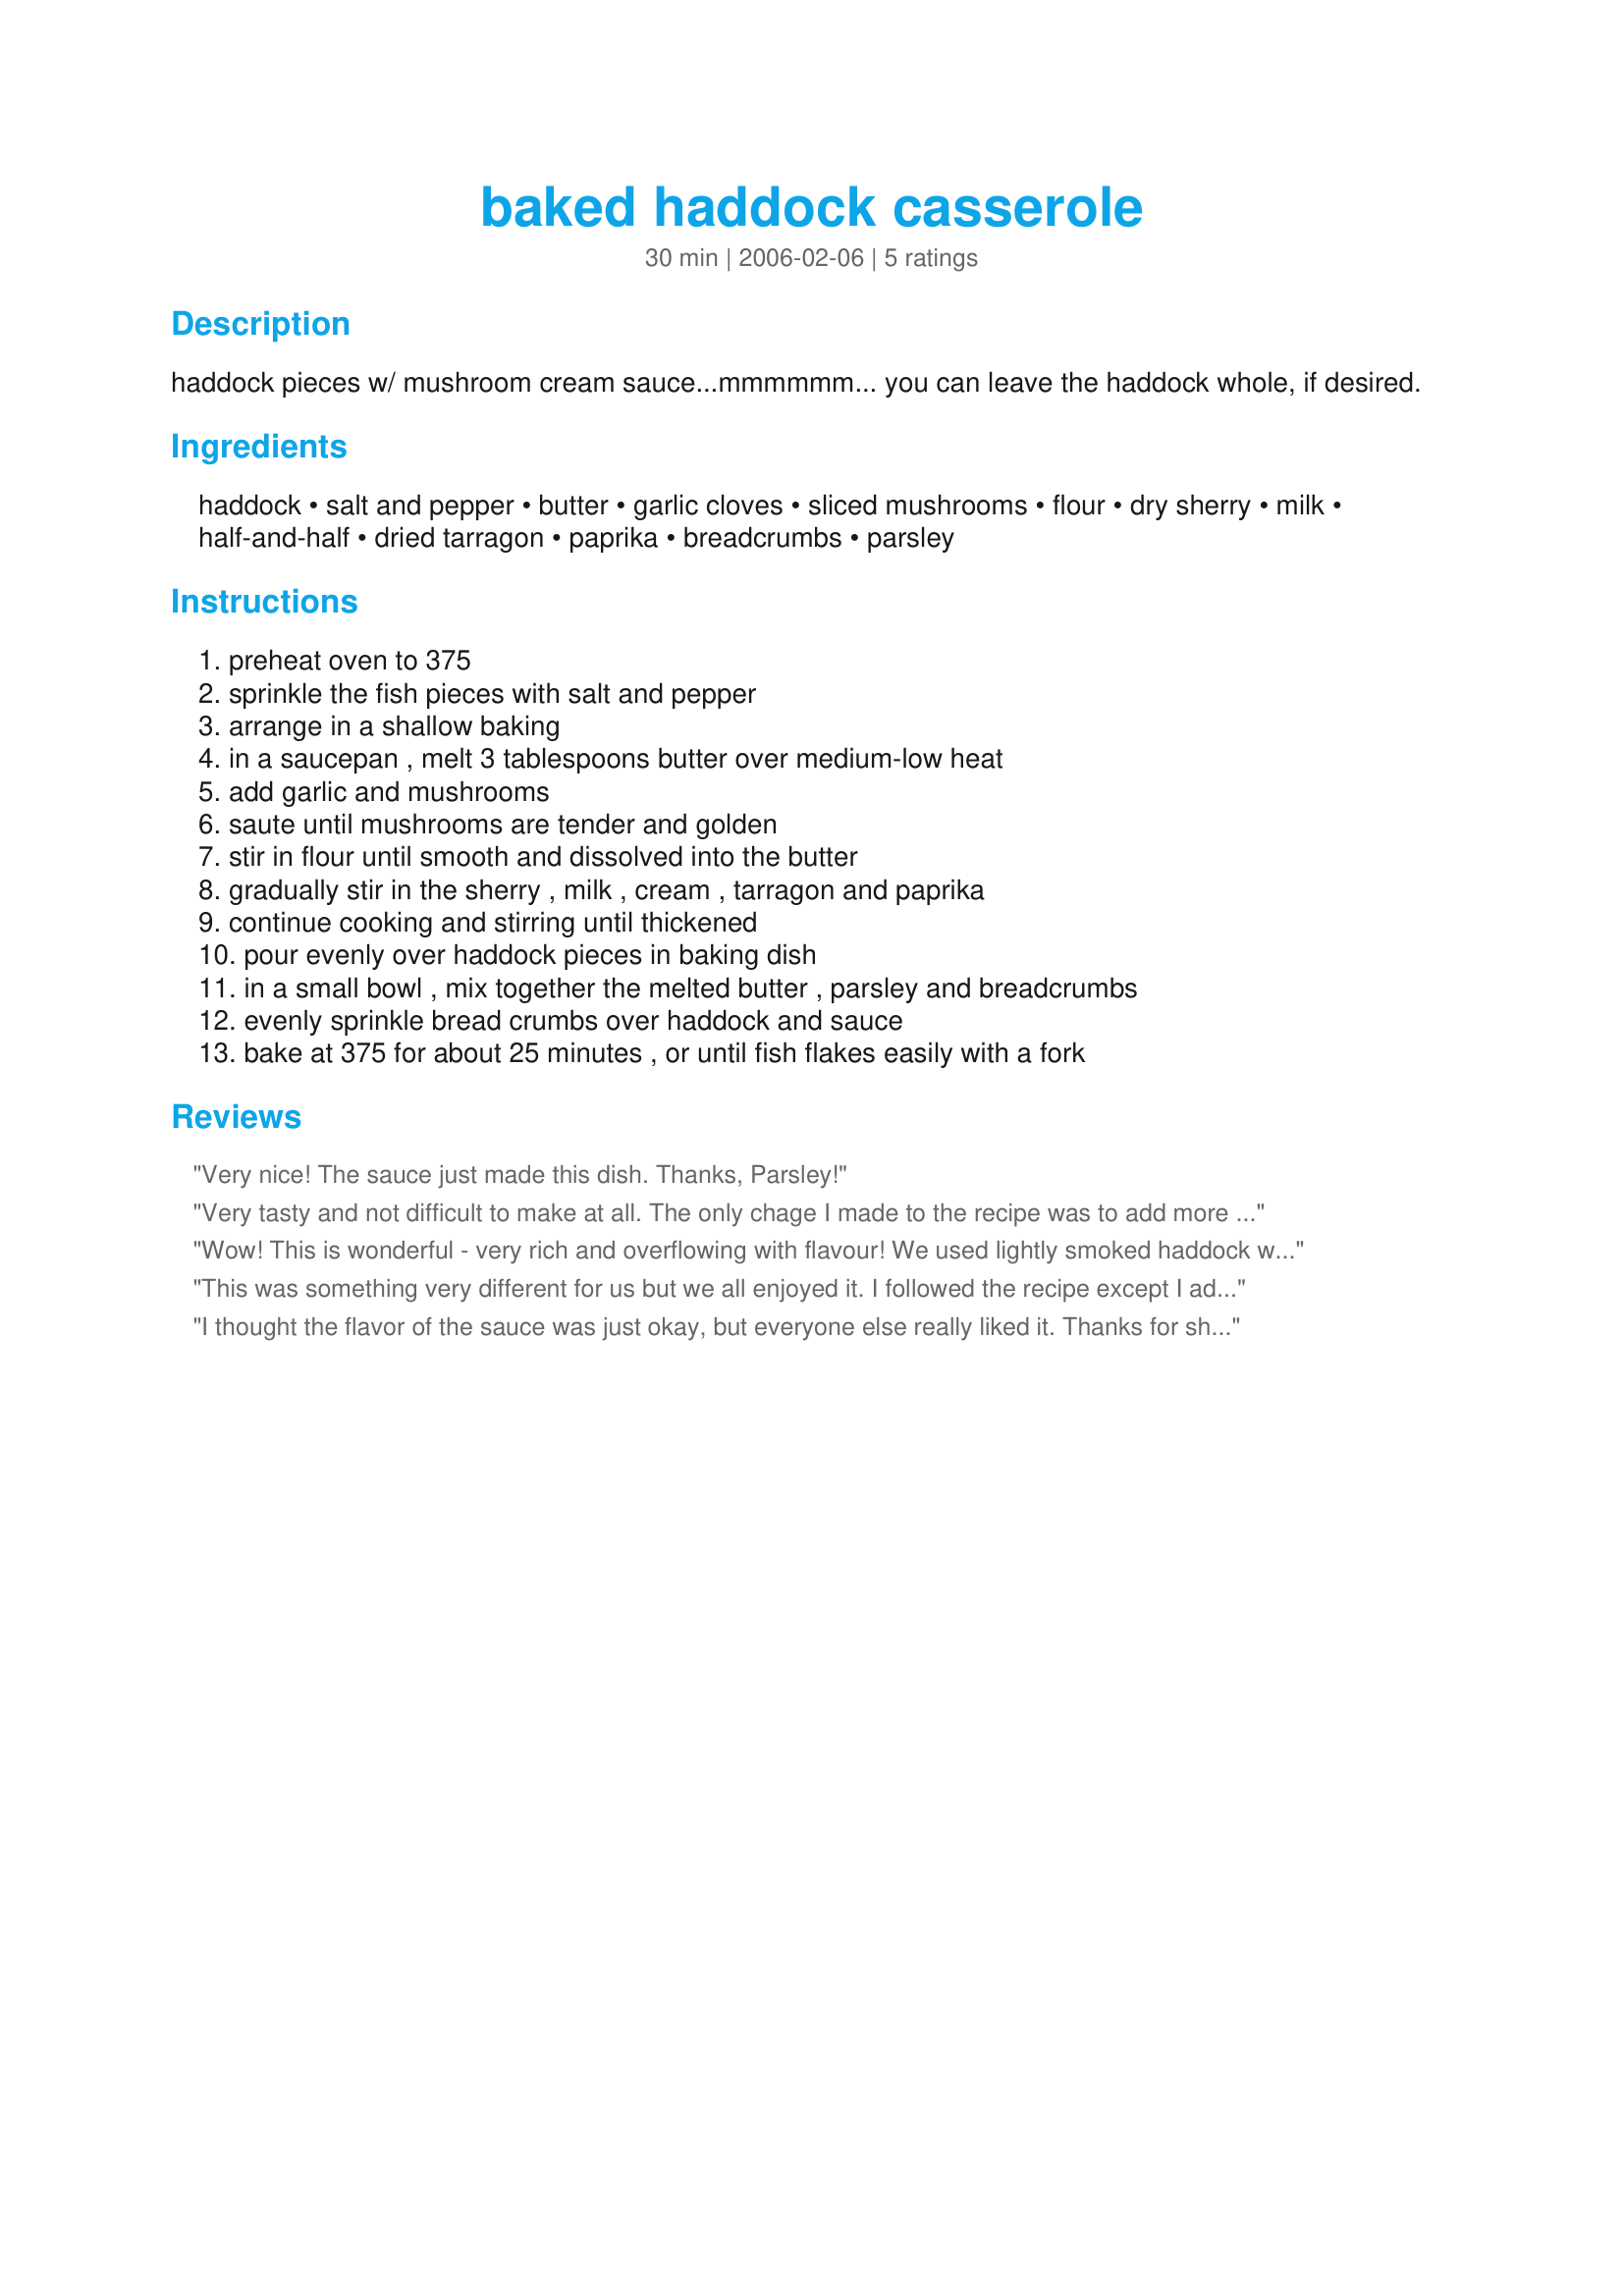
baked haddock casserole
Preparation time: 30 minutes

haddock pieces w/ mushroom cream sauce...mmmmmm... you can leave the haddock whole, if desired.

Ingredients:
haddock, salt and pepper, butter, garlic cloves, sliced mushrooms, flour, dry sherry, milk, half-and-half, dried tarragon, paprika, breadcrumbs, parsley

Steps:
preheat oven to 375, sprinkle the fish pieces with salt and pepper, arrange in a shallow baking, in a saucepan , melt 3 tablespoons butter over medium-low heat, add garlic and mushrooms, saute until mushrooms are tender and golden, stir in flour until smooth and dissolved into the butter, gradually stir in the sherry , milk , cream , tarragon and paprika, continue cooking and stirring until thickened, pour evenly over haddock pieces in baking dish, in a small bowl , mix together the melted butter , parsley and breadcrumbs, evenly sprinkle bread crumbs over haddock and sauce, bake at 375 for about 25 minutes , or until fish flakes easily with a fork

Reviews:
Very nice! The sauce just made this dish. Thanks, Parsley!
Very tasty and not difficult to make at all. The only chage I made to the recipe was to add more sliced mushrooms as my family likes them. I added approx. 1 1/2 cups of sliced mushrooms. It was a hit, will make again!
Wow! This is wonderful - very rich and overflowing with flavour! We used lightly smoked haddock which made it even richer! Hadn't any tarragon but will definately make sure we have some for the next time we make this. Thanks so much for posting this yummy recipe!
This was something very different for us but we all enjoyed it. I followed the recipe except I added about 2 cups of mushrooms as hubby loves them. I also used cod instead of haddock as that is all I had. Will make again! Thanks Parsley.
I thought the flavor of the sauce was just okay, but everyone else really liked it. Thanks for sharing.
